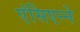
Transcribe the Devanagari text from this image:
एंसिएन्ने